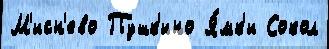
М'исн'ево Пушк'ино Я́мк'и Сокол